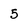
Character: 5